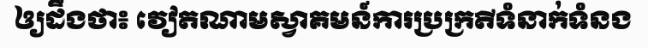
ឲ្យដឹងថា៖ វៀតណាមស្វាគមន៍ការប្រក្រតីទំនាក់ទំនង